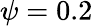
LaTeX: \psi=0.2